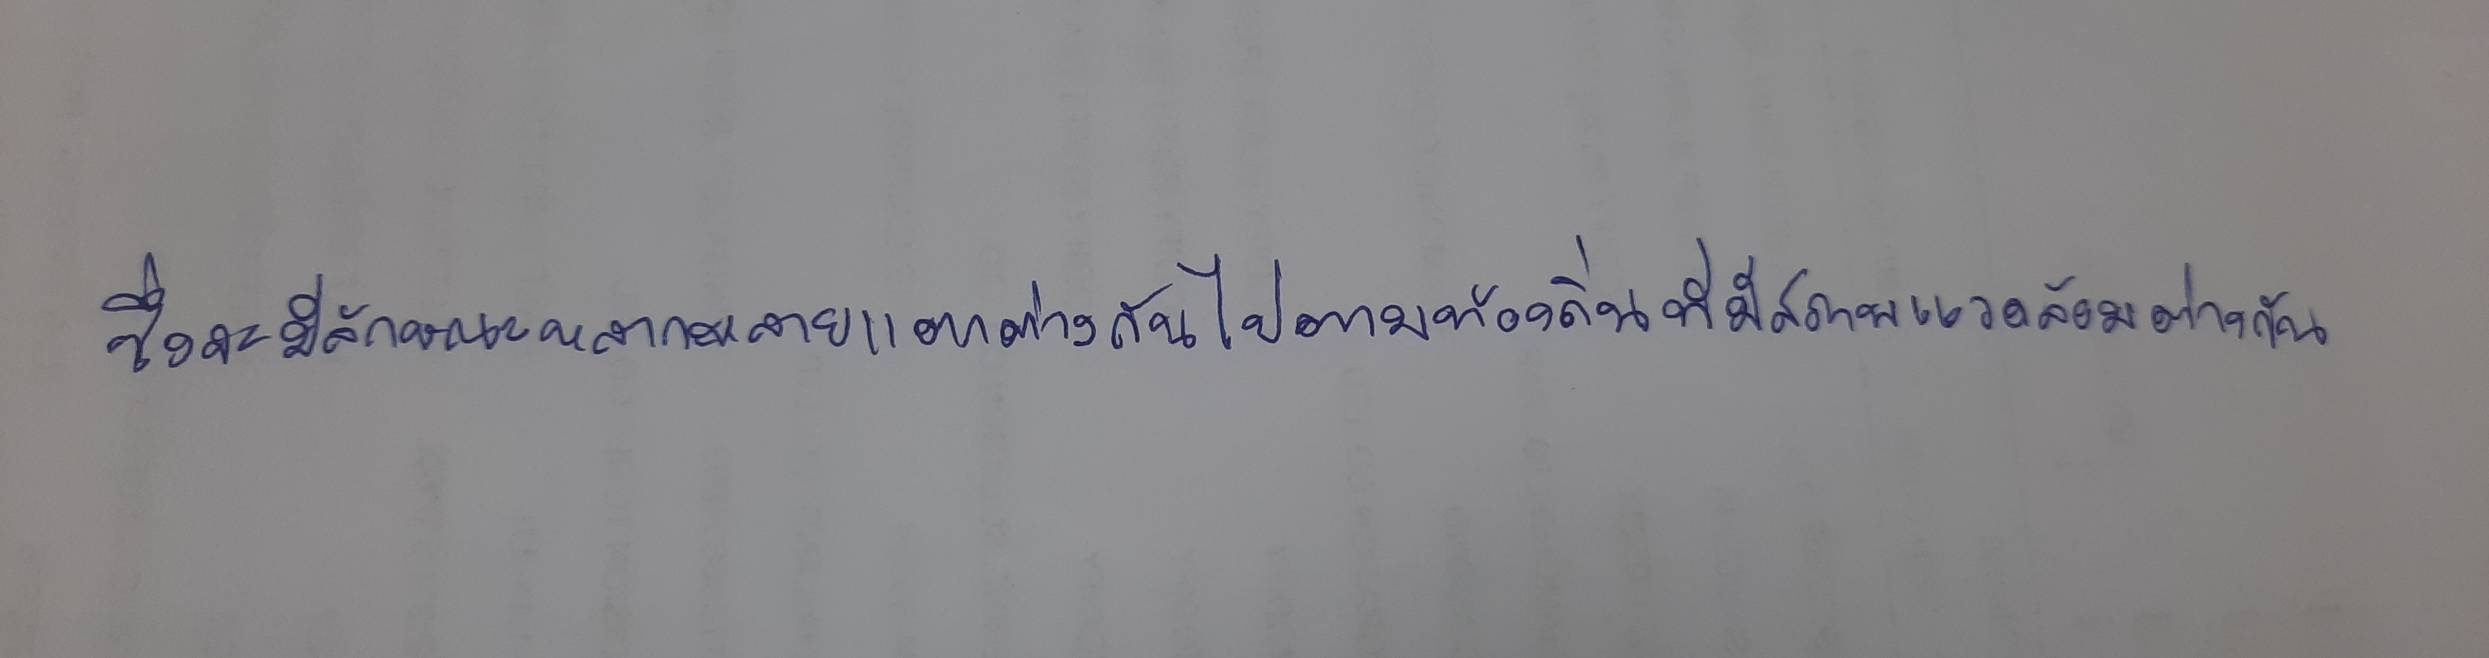
ซึ่งจะมีลักษณะหลากหลายแตกต่างกันไปตามท้องถิ่นที่มีสภาพแวดล้อมต่างกัน